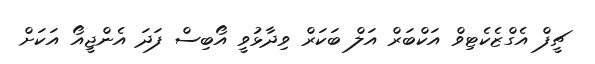
ޗީފް އެގްޒެކެޓިވް އަކްބަރް އަލް ބަކަރް ވިދާޅުވީ އޯބިސް ފަދަ އެންޖީއޯ އަކަށް